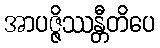
အာပဇ္ဇိဿန္တီတိပေ